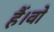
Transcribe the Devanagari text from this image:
हैं।वो